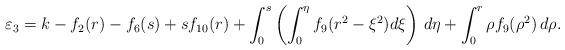
LaTeX: \begin{align*}\varepsilon_3=k-f_2(r)-f_6(s)+sf_{10}(r)+\int^s_0\left(\int^\eta_0f_9(r^2-\xi^2)d\xi\right)\,d\eta+\int^r_0 \rho f_9(\rho^2)\,d\rho.\end{align*}